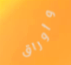
وأوراق